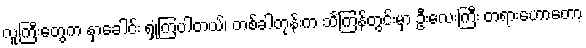
လူကြီးတွေက နှာခေါင်း ရှုံ့ကြပါတယ်၊ တစ်ခါတုန်းက သင်္ကြန်တွင်းမှာ ဦးလေးကြီး တရားဟောတော့